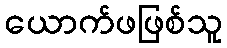
ယောက်ဖဖြစ်သူ